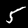
Label: 5